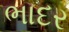
ભાદર